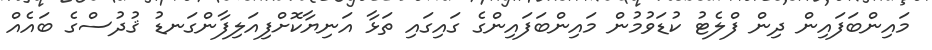
މައިންބަފައިން ދިން ފްލެޓު ކުޑަވުމުން މައިންބަފައިންގެ ގައިގައި ތަޅާ އަނިޔާކޮށްފިއަލިފާންގަނޑު ޤުދުސްގެ ބައެއް